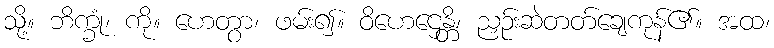
သို့။ ဘိက္ခုံ၊ ကို။ ဟေတွာ၊ ဖမ်း၍။ ဝိဟေဌေန္တိ၊ ညှဉ်းဆဲတတ်ချေကုန်၏။ အထ၊